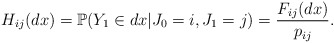
\begin{align*}H_{ij}(dx) = \mathbb{P}(Y_1\in{dx}|J_0=i, J_1=j) = \frac{F_{ij}(dx)}{p_{ij}}.\end{align*}